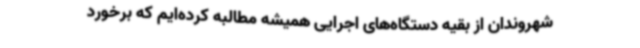
شهروندان از بقیه دستگاه‌های اجرایی همیشه مطالبه کرده‌ایم که برخورد